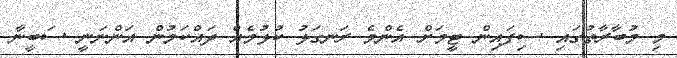
މި މުބާރާތުގައި ސިފައިން ޓީމަށް އެންމެ ރަނގަޅު ކުޅުމެއް ދައްކަމުން އަންނަނީ ސަބީނާ